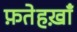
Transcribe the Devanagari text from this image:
फ़तेहख़ाँ